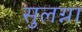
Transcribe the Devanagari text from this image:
सुलग्ना